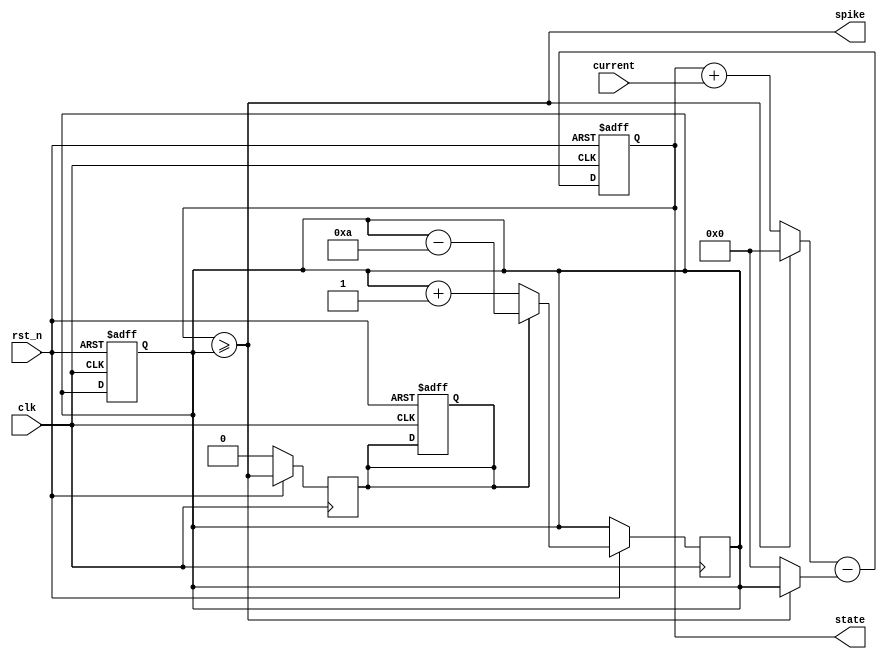
`default_nettype none

module eif_neuron ( 
    input wire [7:0] current,
    input wire       clk,
    input wire       rst_n,
    output wire      spike,
    output reg [7:0] state
);
    reg  [7:0] threshold;
    wire [7:0] next_state;
    reg        spike_history;

    // Additional signal to monitor threshold
    reg [7:0] threshold_log [0:1000]; // Assuming simulation runs for 1000 cycles
    integer log_index = 0;

    always @(posedge clk or negedge rst_n) begin
        if (!rst_n) begin
            state <= 0;
            threshold <= 200;
            spike_history <= 0;
        end else begin
            state <= next_state;
        end
    end

    // Spiking logic for IF
    assign spike = (state >= threshold);
    
    // Adaptive threshold update based on spiking history
    always @(posedge clk) begin
        if (!rst_n) begin
            spike_history <= 0;
        end else begin
            spike_history <= spike;
            // Adjust the threshold based on spiking history
            if (spike_history) begin
                threshold <= threshold - 10; // You can adjust the update logic
            end else begin
                threshold <= threshold + 1;  // You can adjust the update logic
            end
        end
    end

    // Update the membrane potential
    assign next_state = (spike ? 0 : (state + current)) - (spike ? threshold : 0);

endmodule